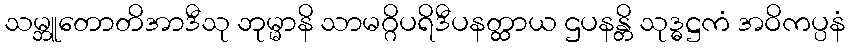
သမ္ဘူတောတိအာဒီသု ဘုမ္မာနိ သာမဂ္ဂိပရိဒီပနတ္ထာယ ဌပနန္တိ သုဒ္ဓဋ္ဌကံ အဝိကပ္ပနံ